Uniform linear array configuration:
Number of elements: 8
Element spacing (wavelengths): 0.25
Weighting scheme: uniform
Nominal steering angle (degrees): -30
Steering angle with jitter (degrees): -29.804
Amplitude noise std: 0.05
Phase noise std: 0.05

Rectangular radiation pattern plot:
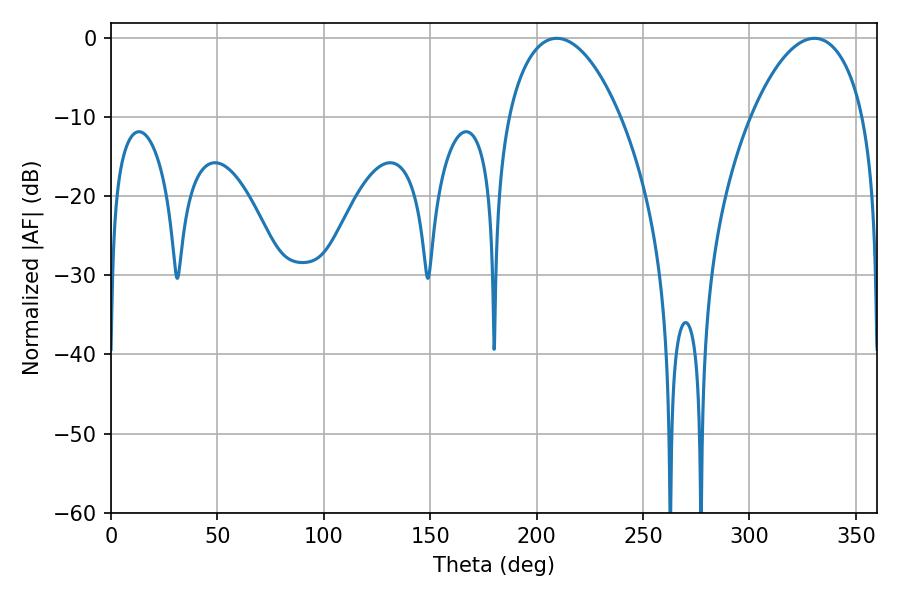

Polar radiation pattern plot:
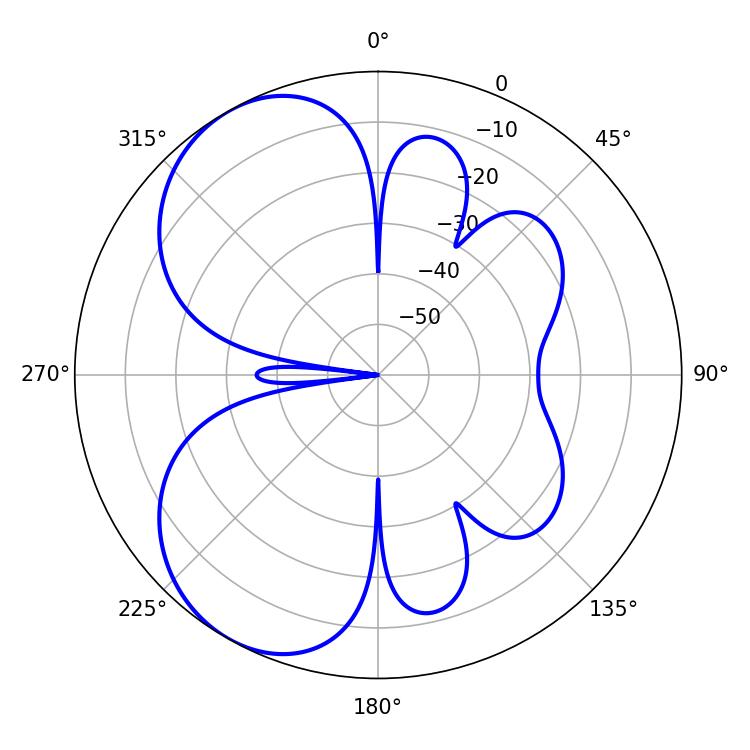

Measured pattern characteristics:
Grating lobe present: FALSE
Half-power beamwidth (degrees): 29.7
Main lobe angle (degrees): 209.52